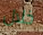
خلال